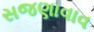
સજણાવાવ